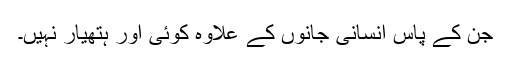
جن کے پاس انسانی جانوں کے علاوہ کوئی اور ہتھیار نہیں۔